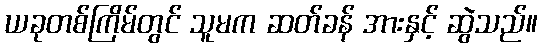
ယခုတစ်ကြိမ်တွင် သူမက ဆတ်ခန် အားနှင့် ဆွဲသည်။